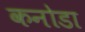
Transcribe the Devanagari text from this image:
कनोडा